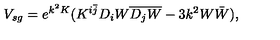
V _ { s g } = e ^ { k ^ { 2 } K } ( K ^ { i \bar { j } } D _ { i } W \overline { { D _ { j } W } } - 3 k ^ { 2 } W \bar { W } ) ,